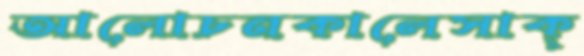
আলোচনকালেসাক্